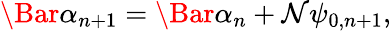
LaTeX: \Bar{\alpha}_{n+1}=\Bar{\alpha}_{n}+\mathcal{N}\psi_{0,n+1},